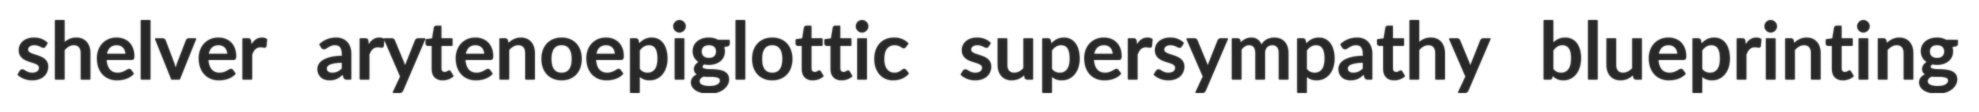
shelver arytenoepiglottic supersympathy blueprinting